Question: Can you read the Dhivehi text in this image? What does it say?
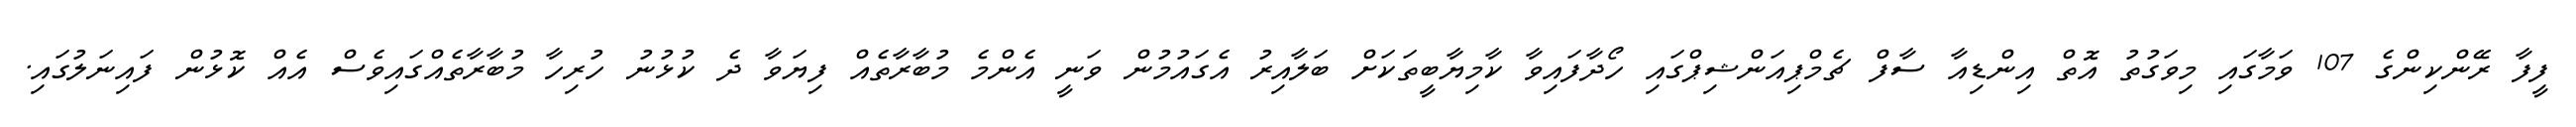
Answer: ފީފާ ރޭންކިންގެ 107 ވަމާގައި މިވަގުތު އޮތް އިންޑިއާ ސާފް ޗެމްޕިއަންޝިޕްގައި ހޯދާފައިވާ ކާމިޔާބީތަކަށް ބަލާއިރު އެގައުމުން ވަނީ އެންމެ މުބާރާތެއް ފިޔަވާ ދެ ކުޅުނު ހުރިހާ މުބާރާތެއްގައިވެސް އެއް ކޮޅުން ފައިނަލުގައި.